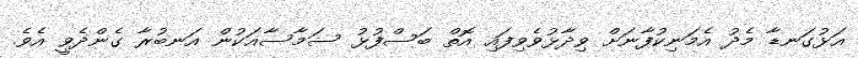
އަޅުގަނޑާ މެދު އެމަނިކުފާނަށް ވިދާޅުވެވިފައި އޮތް ބަސްފުޅު ސަމާސާއަކުން އަނބުރާ ގެންދެވީ އެވެ.